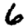
Digit: 6